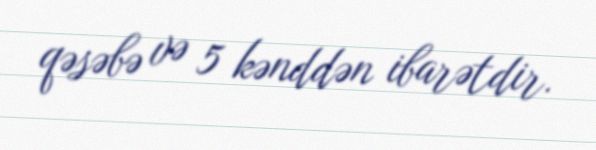
qəsəbə və 5 kənddən ibarətdir.